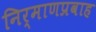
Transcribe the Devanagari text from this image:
निर्माणप्रवाह